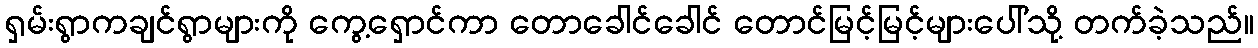
ရှမ်းရွာကချင်ရွာများကို ကွေ့ရှောင်ကာ တောခေါင်ခေါင် တောင်မြင့်မြင့်များပေါ်သို့ တက်ခဲ့သည်။